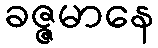
ခဇ္ဇမာနေ